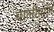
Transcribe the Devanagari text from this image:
बालीबॉल